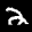
Label: 2